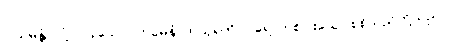
ဝါယမန္တံ၊ လုံ့လပြုသော။ တမေနံ၊ ထုသူရဲကို။ ပရေ၊ တစ်ပါးသော စစ်သည်တို့သည်။